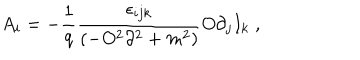
A _ { i } = - \frac { 1 } { q } \frac { \epsilon _ { i j k } } { \left( - O ^ { 2 } \partial ^ { 2 } + m ^ { 2 } \right) } O \partial _ { j } I _ { k } \; ,